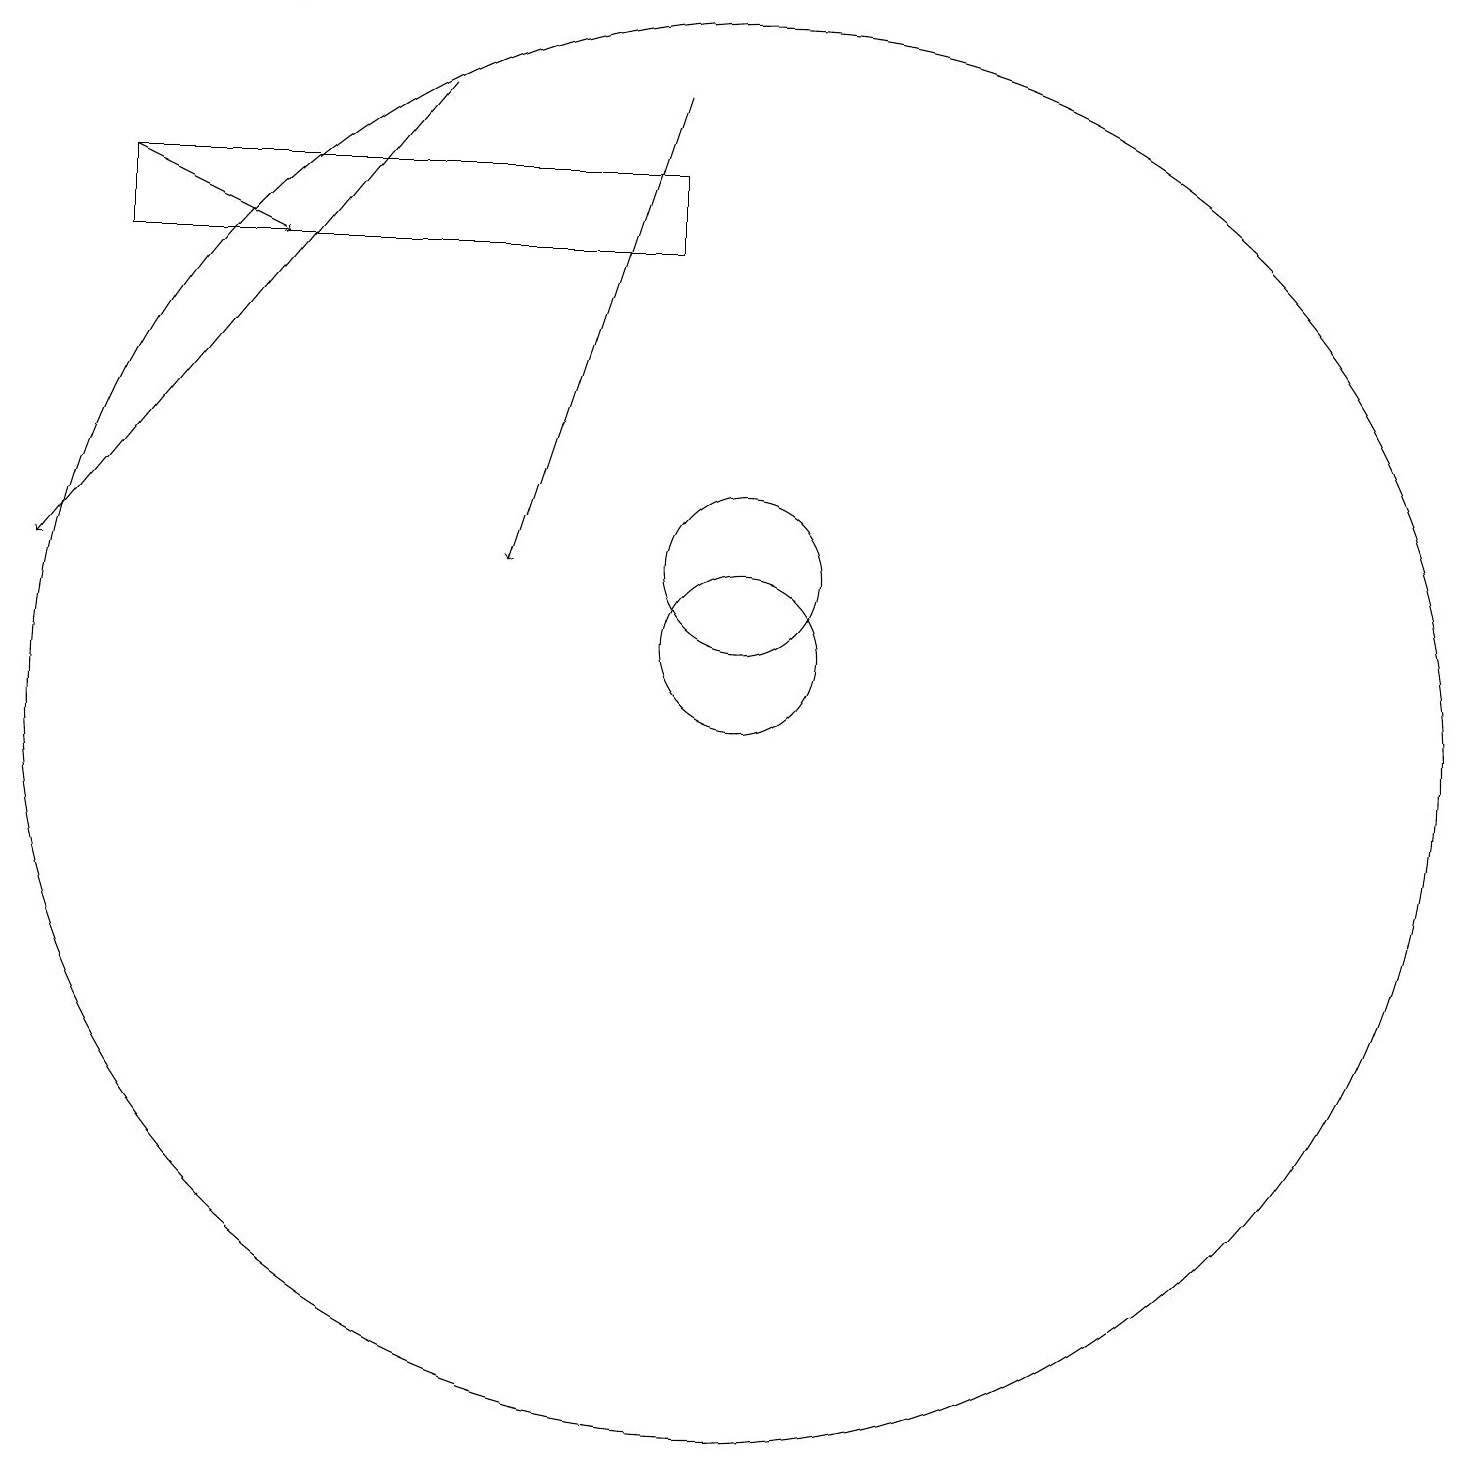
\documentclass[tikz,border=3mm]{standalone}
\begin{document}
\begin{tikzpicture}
\draw[->] (6,18) -- (1,12);
\draw[->] (9,18) -- (7,12);
\draw (10,11) circle (1);
\draw (10,12) circle (1);
\draw (10,10) circle (9);
\draw[->] (4,19) -- (1,19);
\draw (2,17) rectangle (9,16);
\draw[->] (2,17) -- (4,16);
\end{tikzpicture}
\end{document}